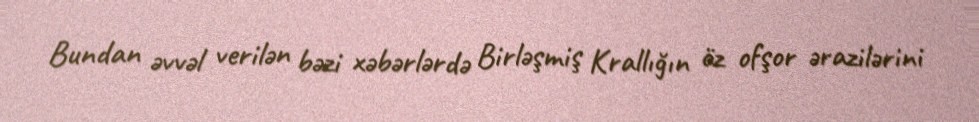
Bundan əvvəl verilən bəzi xəbərlərdə Birləşmiş Krallığın öz ofşor ərazilərini